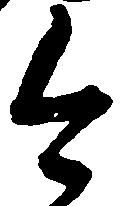
今